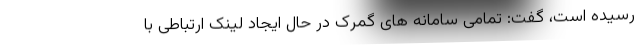
رسیده است، گفت: تمامی سامانه های گمرک در حال ایجاد لینک ارتباطی با